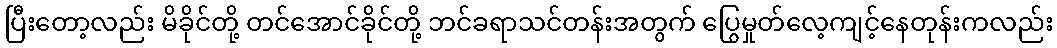
ပြီးတော့လည်း မိခိုင်တို့ တင်အောင်ခိုင်တို့ ဘင်ခရာသင်တန်းအတွက် ပြွေမှုတ်လေ့ကျင့်နေတုန်းကလည်း